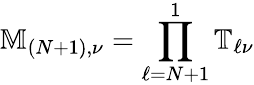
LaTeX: \mathbb{M}_{(N+1),\nu}=\prod_{\ell=N+1}^{1}\mathbb{T}_{\ell\nu}